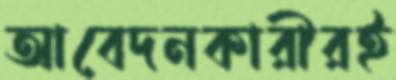
আবেদনকারীরই